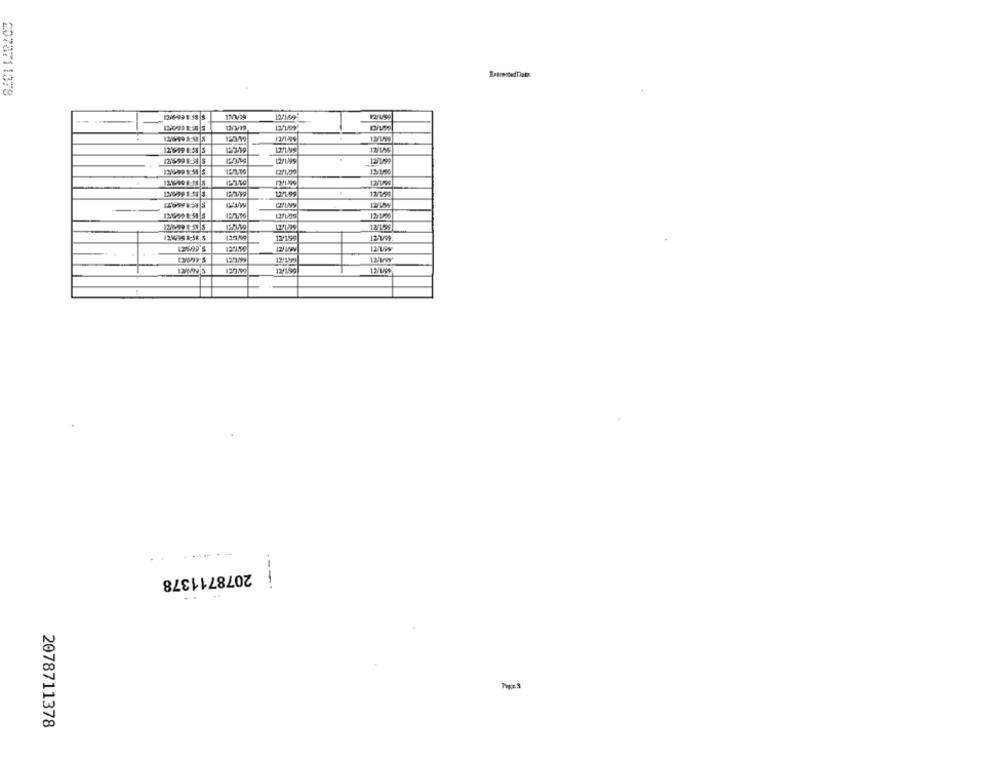
2078711378
12/1:59
136998:15 |8
2999 8:58 5
121599 8:34 |S
2/199
12/795
12/199
19699'5
12/1599
------
2078711378
....
2078711378